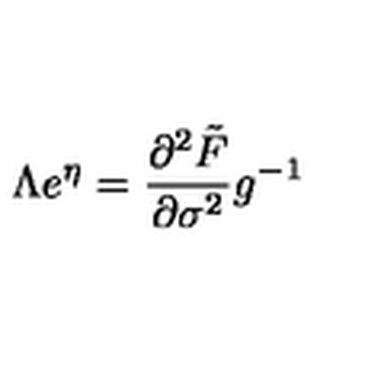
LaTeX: \Lambda e ^ { \eta } = \frac { \partial ^ { 2 } \tilde { F } } { \partial \sigma ^ { 2 } } g ^ { - 1 }